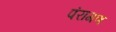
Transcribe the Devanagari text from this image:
पंरागण